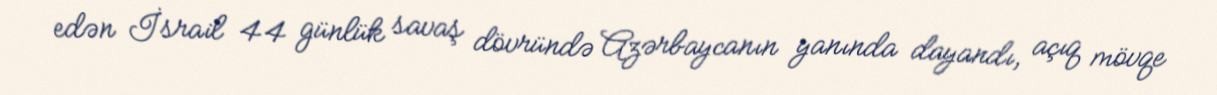
edən İsrail 44 günlük savaş dövründə Azərbaycanın yanında dayandı, açıq mövqe